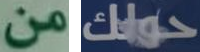
من حولك